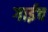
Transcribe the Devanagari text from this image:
गाईच